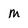
Character: m